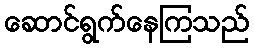
ဆောင်ရွက်နေကြသည်